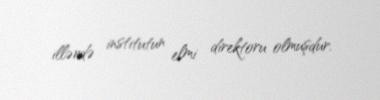
illərdə institutun elmi direktoru olmuşdur.